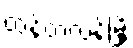
ထန်တလန်မြို့